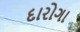
દારોગા